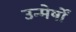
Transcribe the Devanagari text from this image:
उन्मेर्षों